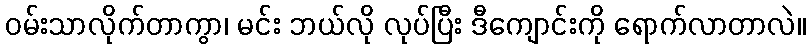
ဝမ်းသာလိုက်တာကွာ၊ မင်း ဘယ်လို လုပ်ပြီး ဒီကျောင်းကို ရောက်လာတာလဲ။